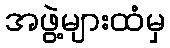
အဖွဲ့များထံမှ